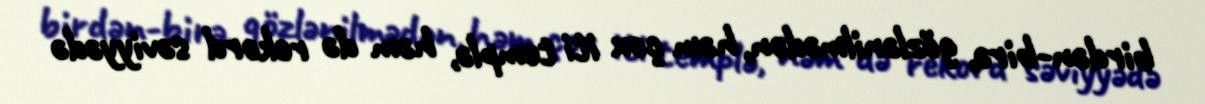
birdən-birə, gözlənilmədən, həm çox iti templə, həm də rekord səviyyədə